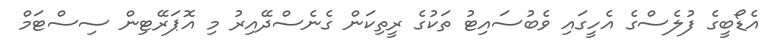
އެޑޯބީގެ ފުލެސްގެ އެހީގައި ވެބުސައިޓު ތަކުގެ ރީތިކަން ގެނެސްދޭއިރު މި އޮޕަރޭޓިން ސިސްޓަމް